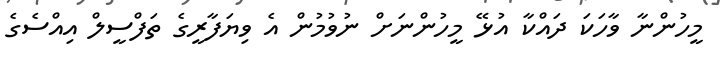
މީހުންނާ ވާހަކަ ދައްކާ އުޅޭ މީހުންނަށް ނުވުމުން އެ ވިޔަފާރީގެ ތަފްސީލް އިއްސެގެ